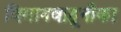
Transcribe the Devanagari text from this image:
विमानवाहूनौका